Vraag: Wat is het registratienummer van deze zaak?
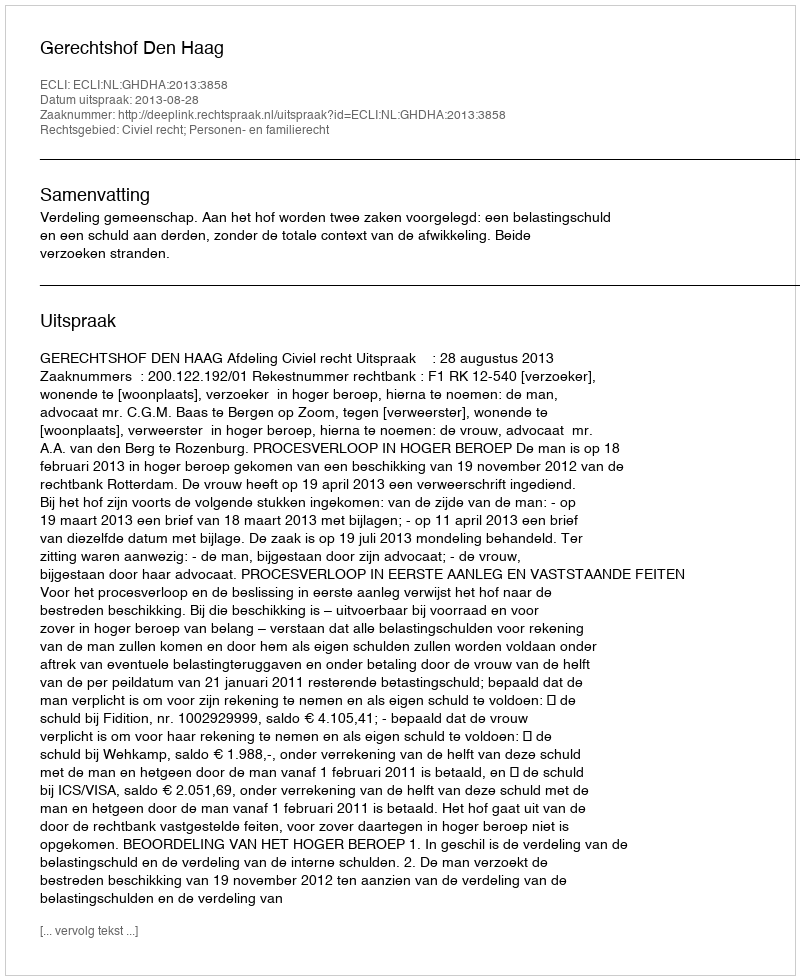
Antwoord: http://deeplink.rechtspraak.nl/uitspraak?id=ECLI:NL:GHDHA:2013:3858